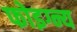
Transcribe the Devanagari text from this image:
फोइग्न्य